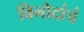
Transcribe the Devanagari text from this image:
विनोदांचं